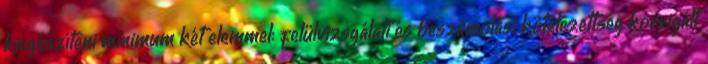
kiegészíteni minimum két elemmel: felülvizsgálati és beszámolási kötelezettség korrigált